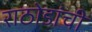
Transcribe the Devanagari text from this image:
राठोडांची